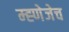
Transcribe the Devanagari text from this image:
म्ह्णेजेच